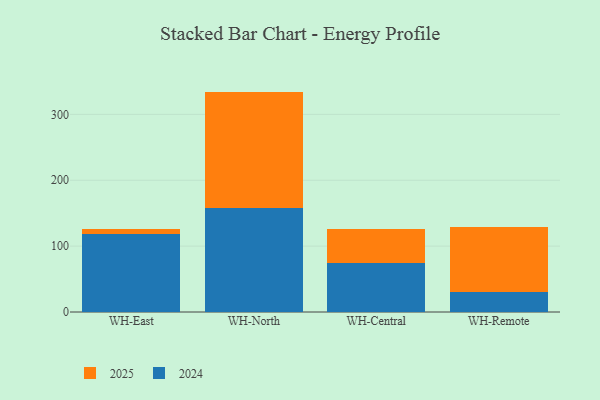
{"axis": {"x": "Warehouse", "y": "Humidity (%)"}, "legend": ["2024", "2025"], "data": [{"x": "WH-East", "y": 117.9, "type": "2024"}, {"x": "WH-East", "y": 7.6, "type": "2025"}, {"x": "WH-North", "y": 157.7, "type": "2024"}, {"x": "WH-North", "y": 176.9, "type": "2025"}, {"x": "WH-Central", "y": 74.6, "type": "2024"}, {"x": "WH-Central", "y": 51.6, "type": "2025"}, {"x": "WH-Remote", "y": 30.3, "type": "2024"}, {"x": "WH-Remote", "y": 98.1, "type": "2025"}]}